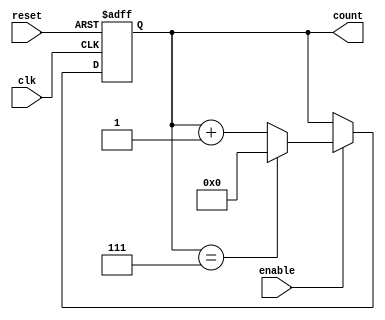
module mod_n_counter #(parameter N = 8) (
    input wire clk,        // Clock input
    input wire reset,      // Asynchronous reset input
    input wire enable,     // Enable input to increment the counter
    output reg [N-1:0] count // N-bit counter output
);

// Calculate number of bits required for the counter
localparam COUNTER_BITS = $clog2(N);

always @(posedge clk or posedge reset) begin
    if (reset) begin
        count <= 0; // Reset the counter to 0
    end else if (enable) begin
        if (count == (N - 1)) begin
            count <= 0; // Reset to 0 when reaching N
        end else begin
            count <= count + 1; // Increment the counter
        end
    end
end

endmodule